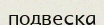
подвеска